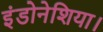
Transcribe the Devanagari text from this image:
इंडोनेशिया।